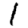
Digit: 1